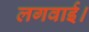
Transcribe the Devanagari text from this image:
लगवाई।